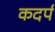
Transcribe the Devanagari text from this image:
कदर्प